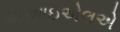
એઆઇએલએ